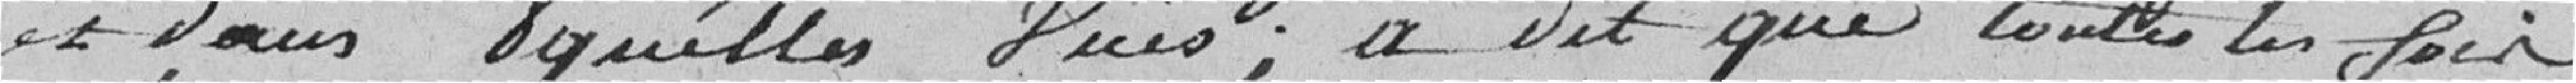
et dans quelles vues; a dit que toutes les fois